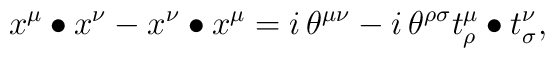
x^\mu\bullet x^\nu - x^\nu\bullet x^\mu = i\,\theta^{\mu\nu}   - i\,\theta^{\rho \sigma} t^\mu_\rho\bullet t^\nu_\sigma ,